Lunatic asylums Bombay report 1891-1903 - 1891-1903
Year: 1891
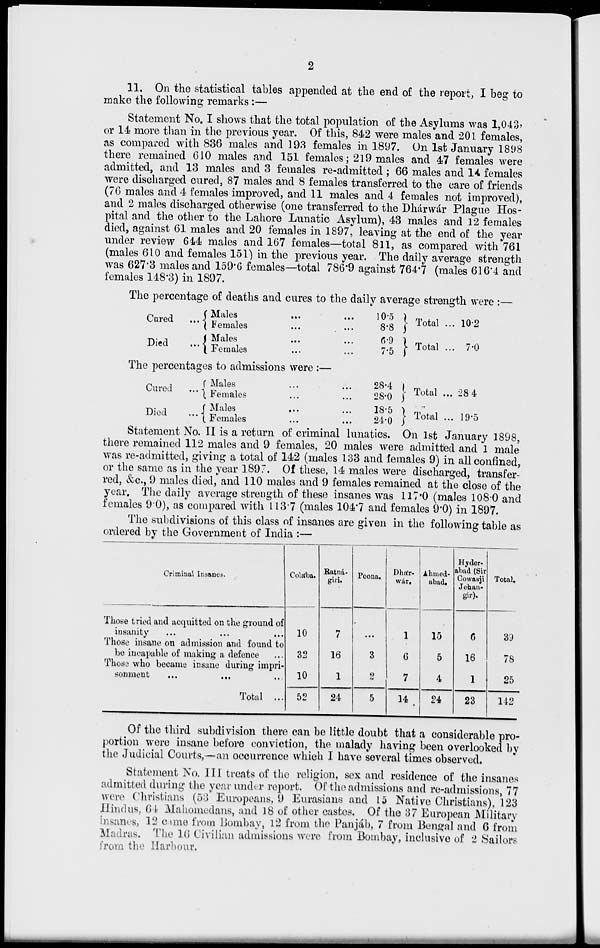
2
11. On the statistical tables appended at the end of the report, I beg to
make the following remarks :—
Statement No. I shows that the total population of the Asylums was 1,043,
or 14 more than in the previous year. Of this, 842 were males and 201 females,
as compared with 836 males and 193 females in 1897. On 1st January 1898
there remained 610 males and 151 females; 219 males and 47 females were
admitted, and 13 males and 3 females re-admitted; 66 males and 14 females
were discharged cured, 87 males and 8 females transferred to the care of friends
(76 males and 4 females improved, and 11 males and 4 females not improved),
and 2 males discharged otherwise (one transferred to the Dhárwár Plague Hos-
pital and the other to the Lahore Lunatic Asylum), 43 males and 12 females
died, against 61 males and 20 females in 1897, leaving at the end of the year
under review 644 males and 167 females—total 811, as compared with 761
(males 610 and females 151) in the previous year. The daily average strength
was 627.3 males and 159.6 females—total 786.9 against 764.7 (males 616.4 and
females 148.3) in 1897.
The percentage of deaths and cures to the daily average strength were:—
Cured ...
Died
...
Males ... ...
Females ... ...
Males ... ...
Females ... ...
10.5
8.8
6.9
7.5
Total ...
Total ...
10.2
7.0
The percentages to admissions were :—
Cured
...
Died
...
Males ... ...
Females ... ...
Males ... ...
Females ... ...
28.4
28.0
18.5
24.0
Total ...
Total ...
28.4
19.5
Statement No. II is a return of criminal lunatics. On 1st January 1898,
there remained 112 males and 9 females, 20 males were admitted and 1 male
was re-admitted, giving a total of 142 (males 133 and females 9) in all confined,
or the same as in the year 1897. Of these, 14 males were discharged, transfer-
red, &c, 9 males died, and 110 males and 9 females remained at the close of the
year. The daily average strength of these insanes was 117.0 (males 108.0 and
females 9.0), as compared with 113.7 (males 104.7 and females 9.0) in 1897.
The subdivisions of this class of insanes are given in the following table as
ordered by the Government of India :—
Criminal Insanes.
Those tried and acquitted on the ground of
insanity
...
...
...
Those insane on admission and found to
be incapable of making a defence ...
Those who became insane during impri-
sonment ... ... ...
Total ...
Colába.
10
32
10
52
Ratná-
giri.
7
16
1
24
Poona.
...
3
2
5
Dhár.
wár.
1
6
7
14
Ahmed-
abad.
15
5
4
24
Hyder-
abad (Sir
Cowasji
Jehan-
gir).
6
16
1
23
Total.
39
78
25
142
Of the third subdivision there can be little doubt that a considerable pro-
portion were insane before conviction, the malady having been overlooked by
the Judicial Courts,—an occurrence which I have several times observed.
Statement No. III treats of the religion, sex and residence of the insanes
admitted during the year under report. Of the admissions and re-admissions, 77
were Christians (53 Europeans, 9 Eurasians and 15 Native Christians), 123
Hindus, 64 Mahomedans, and 18 of other castes. Of the 37 European Military
insanes, 12 came from Bombay, 12 from the Punjáb, 7 from Bengal and 6 from
Madras. The 16 Civilian admissions were from Bombay, inclusive of 2 Sailors
from the Harbour.